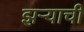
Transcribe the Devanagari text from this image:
झऱ्याची